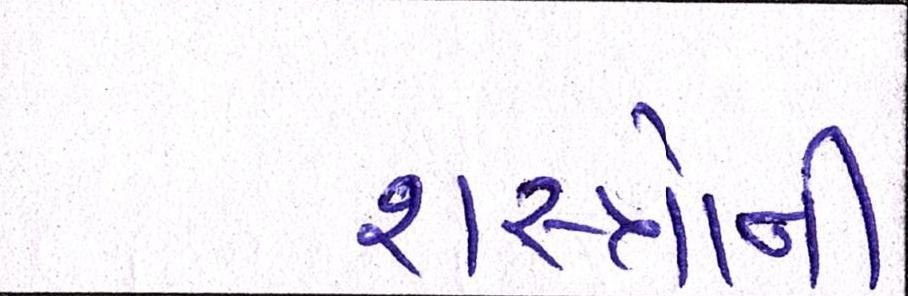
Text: શસ્ત્રોથી